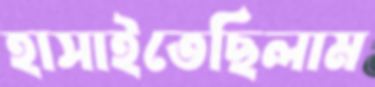
হাসাইতেছিলাম